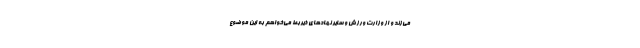
می‌زند و از وزارت ورزش و سایر نهادهای ذیربط می‌خواهم به این موضوع